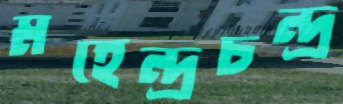
মহেন্দ্রচন্দ্র